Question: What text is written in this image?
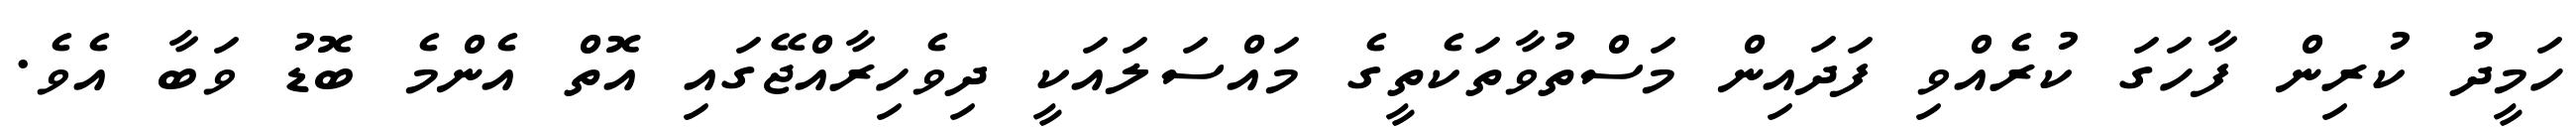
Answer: ހަމީދު ކުރިން ފާހަގަ ކުރެއްވި ފަދައިން މަސްތުވާތަކެތީގެ މައްސަލައަކީ ދިވެހިރާއްޖޭގައި އޮތް އެންމެ ބޮޑު ވަބާ އެވެ.